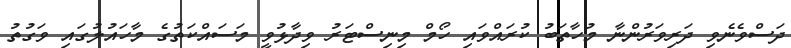
ދަސްވެނެވި ދަރިވަރުންނާ މުހާތަބު ކުރައްވައި ހޯމް މިނިސްޓަރު ވިދާޅުވީ މަސައްކަތުގެ މާހައުލުގައި ވަގުތު